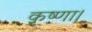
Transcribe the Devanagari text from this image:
कृष्णा।